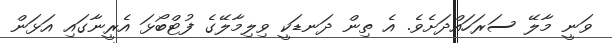
ވަނީ މާލޭ ސަރަހައްދަށެވެ. އެ ތިން ދަނޑަކީ ވިލިމާލޭގެ ފުޓްބޯޅަ އެރީނާގައި އަޅަން